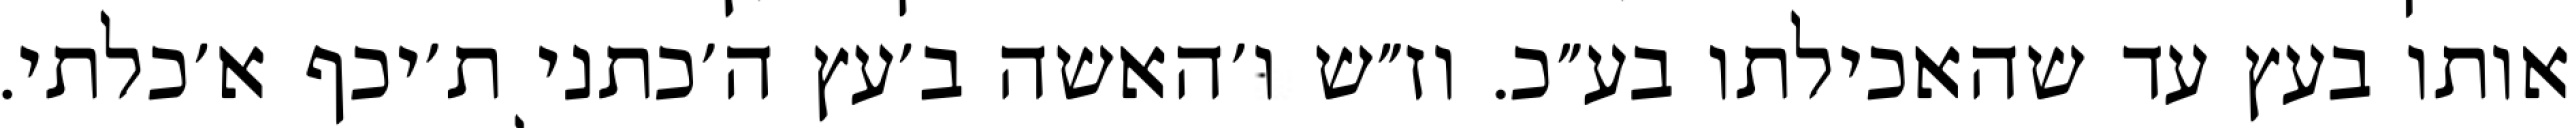
אותו בעץ עד שהאכילתו בע״כ. וז״ש ו׳האשה ב׳עץ ה׳כתני ת׳יכף א׳כלתי.